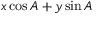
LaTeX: x \cos A + y \sin A